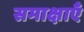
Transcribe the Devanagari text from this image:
समाक्षाएँ